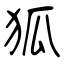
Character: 狐